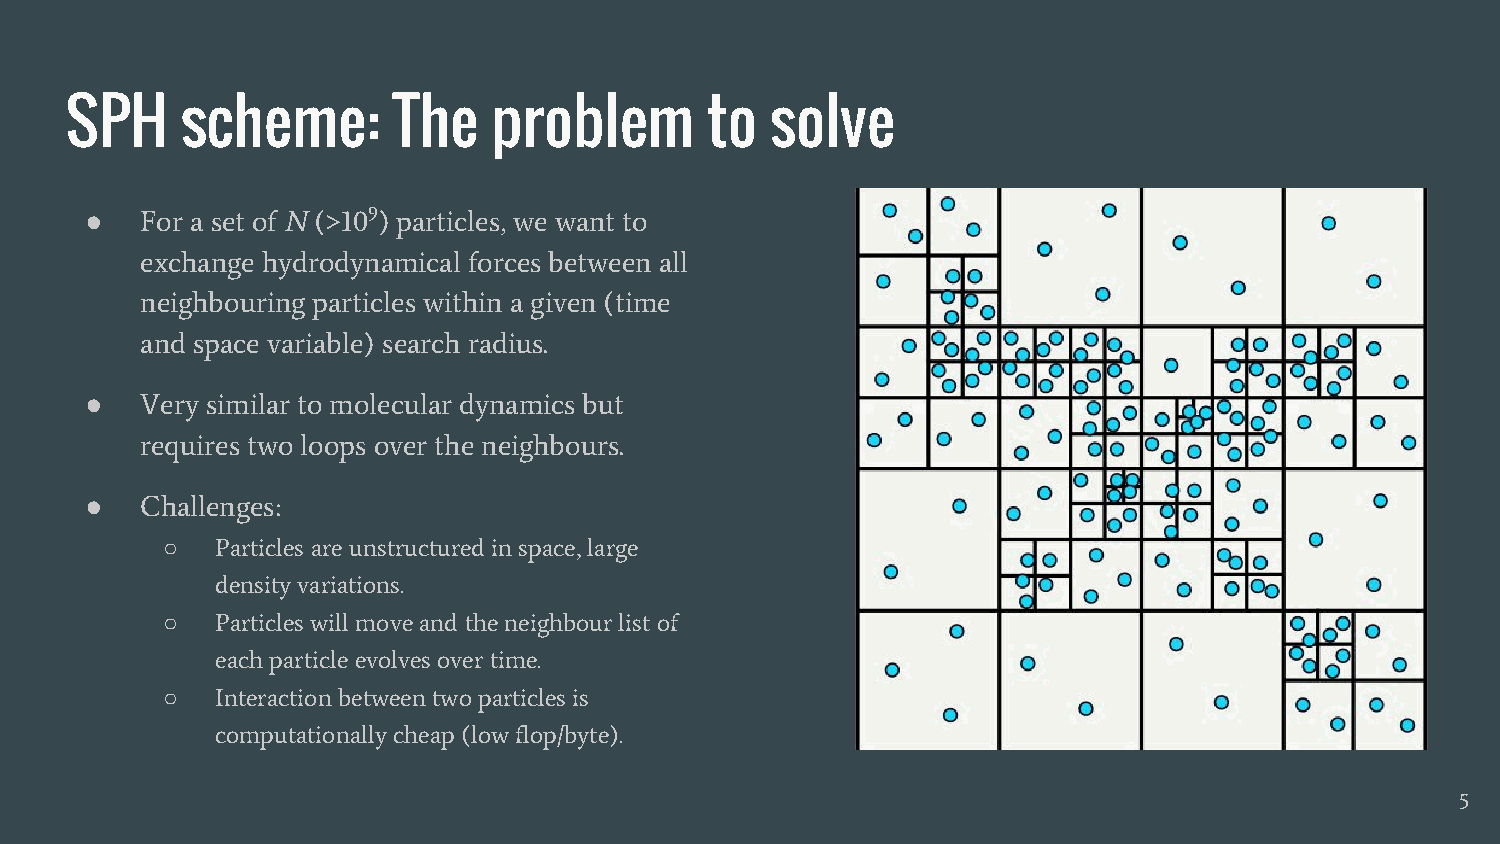
SPH     scheme:       The    problem       to  solve
 ●  For a set of N (>109) particles, we want to
 exchange hydrodynamical forces between all
 neighbouring particles within a given (time
 and space variable) search radius.
 ●  Very similar to molecular dynamics but
 requires two loops over the neighbours.
 ●  Challenges:
 ○  Particles are unstructured in space, large
 density variations.
 ○  Particles will move and the neighbour list of
 each particle evolves over time.
 ○  Interaction between two particles is
 computationally cheap (low flop/byte).
 5